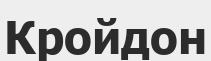
Кройдон